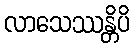
လာသေဿန္တိပိ